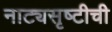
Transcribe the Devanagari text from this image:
नाट्यसृष्‍टीची